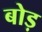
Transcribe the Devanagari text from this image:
बोड़